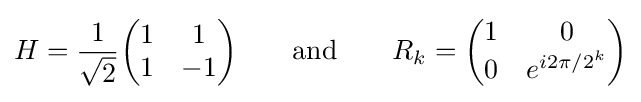
H={\frac {1}{\sqrt {2}}}{\begin{pmatrix}1&1\\1&-1\end{pmatrix}}\qquad {\text{and}}\qquad R_{k}={\begin{pmatrix}1&0\\0&e^{i2\pi /2^{k}}\end{pmatrix}}